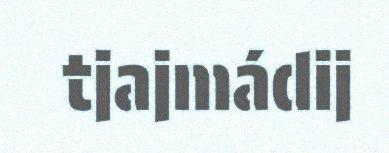
tjajmádij